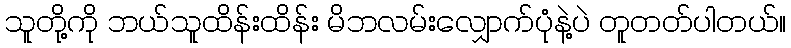
သူတို့ကို ဘယ်သူထိန်းထိန်း မိဘလမ်းလျှောက်ပုံနဲ့ပဲ တူတတ်ပါတယ်။